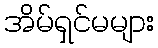
အိမ်ရှင်မများ